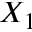
X _ { 1 }